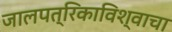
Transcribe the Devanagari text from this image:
जालपत्रिकाविश्वाचा